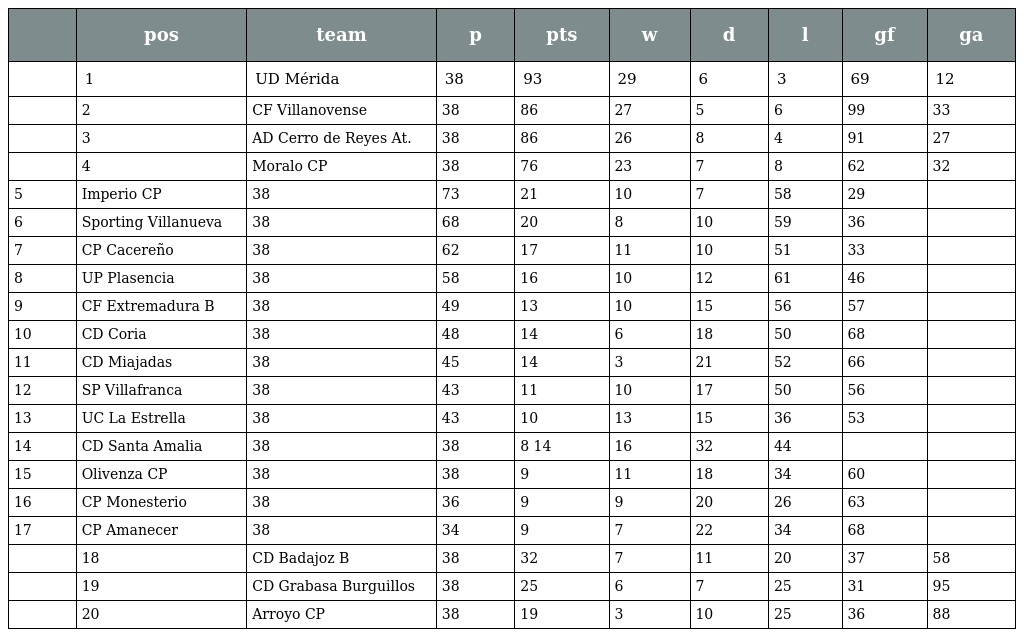
|  | pos | team | p | pts | w | d | l | gf | ga |
 | --- | --- | --- | --- | --- | --- | --- | --- | --- | --- |
 |  | 1 | UD Mérida | 38 | 93 | 29 | 6 | 3 | 69 | 12 |
 |  | 2 | CF Villanovense | 38 | 86 | 27 | 5 | 6 | 99 | 33 |
 |  | 3 | AD Cerro de Reyes At. | 38 | 86 | 26 | 8 | 4 | 91 | 27 |
 |  | 4 | Moralo CP | 38 | 76 | 23 | 7 | 8 | 62 | 32 |
 | 5 | Imperio CP | 38 | 73 | 21 | 10 | 7 | 58 | 29 |  |
 | 6 | Sporting Villanueva | 38 | 68 | 20 | 8 | 10 | 59 | 36 |  |
 | 7 | CP Cacereño | 38 | 62 | 17 | 11 | 10 | 51 | 33 |  |
 | 8 | UP Plasencia | 38 | 58 | 16 | 10 | 12 | 61 | 46 |  |
 | 9 | CF Extremadura B | 38 | 49 | 13 | 10 | 15 | 56 | 57 |  |
 | 10 | CD Coria | 38 | 48 | 14 | 6 | 18 | 50 | 68 |  |
 | 11 | CD Miajadas | 38 | 45 | 14 | 3 | 21 | 52 | 66 |  |
 | 12 | SP Villafranca | 38 | 43 | 11 | 10 | 17 | 50 | 56 |  |
 | 13 | UC La Estrella | 38 | 43 | 10 | 13 | 15 | 36 | 53 |  |
 | 14 | CD Santa Amalia | 38 | 38 | 8 14 | 16 | 32 | 44 |  |  |
 | 15 | Olivenza CP | 38 | 38 | 9 | 11 | 18 | 34 | 60 |  |
 | 16 | CP Monesterio | 38 | 36 | 9 | 9 | 20 | 26 | 63 |  |
 | 17 | CP Amanecer | 38 | 34 | 9 | 7 | 22 | 34 | 68 |  |
 |  | 18 | CD Badajoz B | 38 | 32 | 7 | 11 | 20 | 37 | 58 |
 |  | 19 | CD Grabasa Burguillos | 38 | 25 | 6 | 7 | 25 | 31 | 95 |
 |  | 20 | Arroyo CP | 38 | 19 | 3 | 10 | 25 | 36 | 88 |